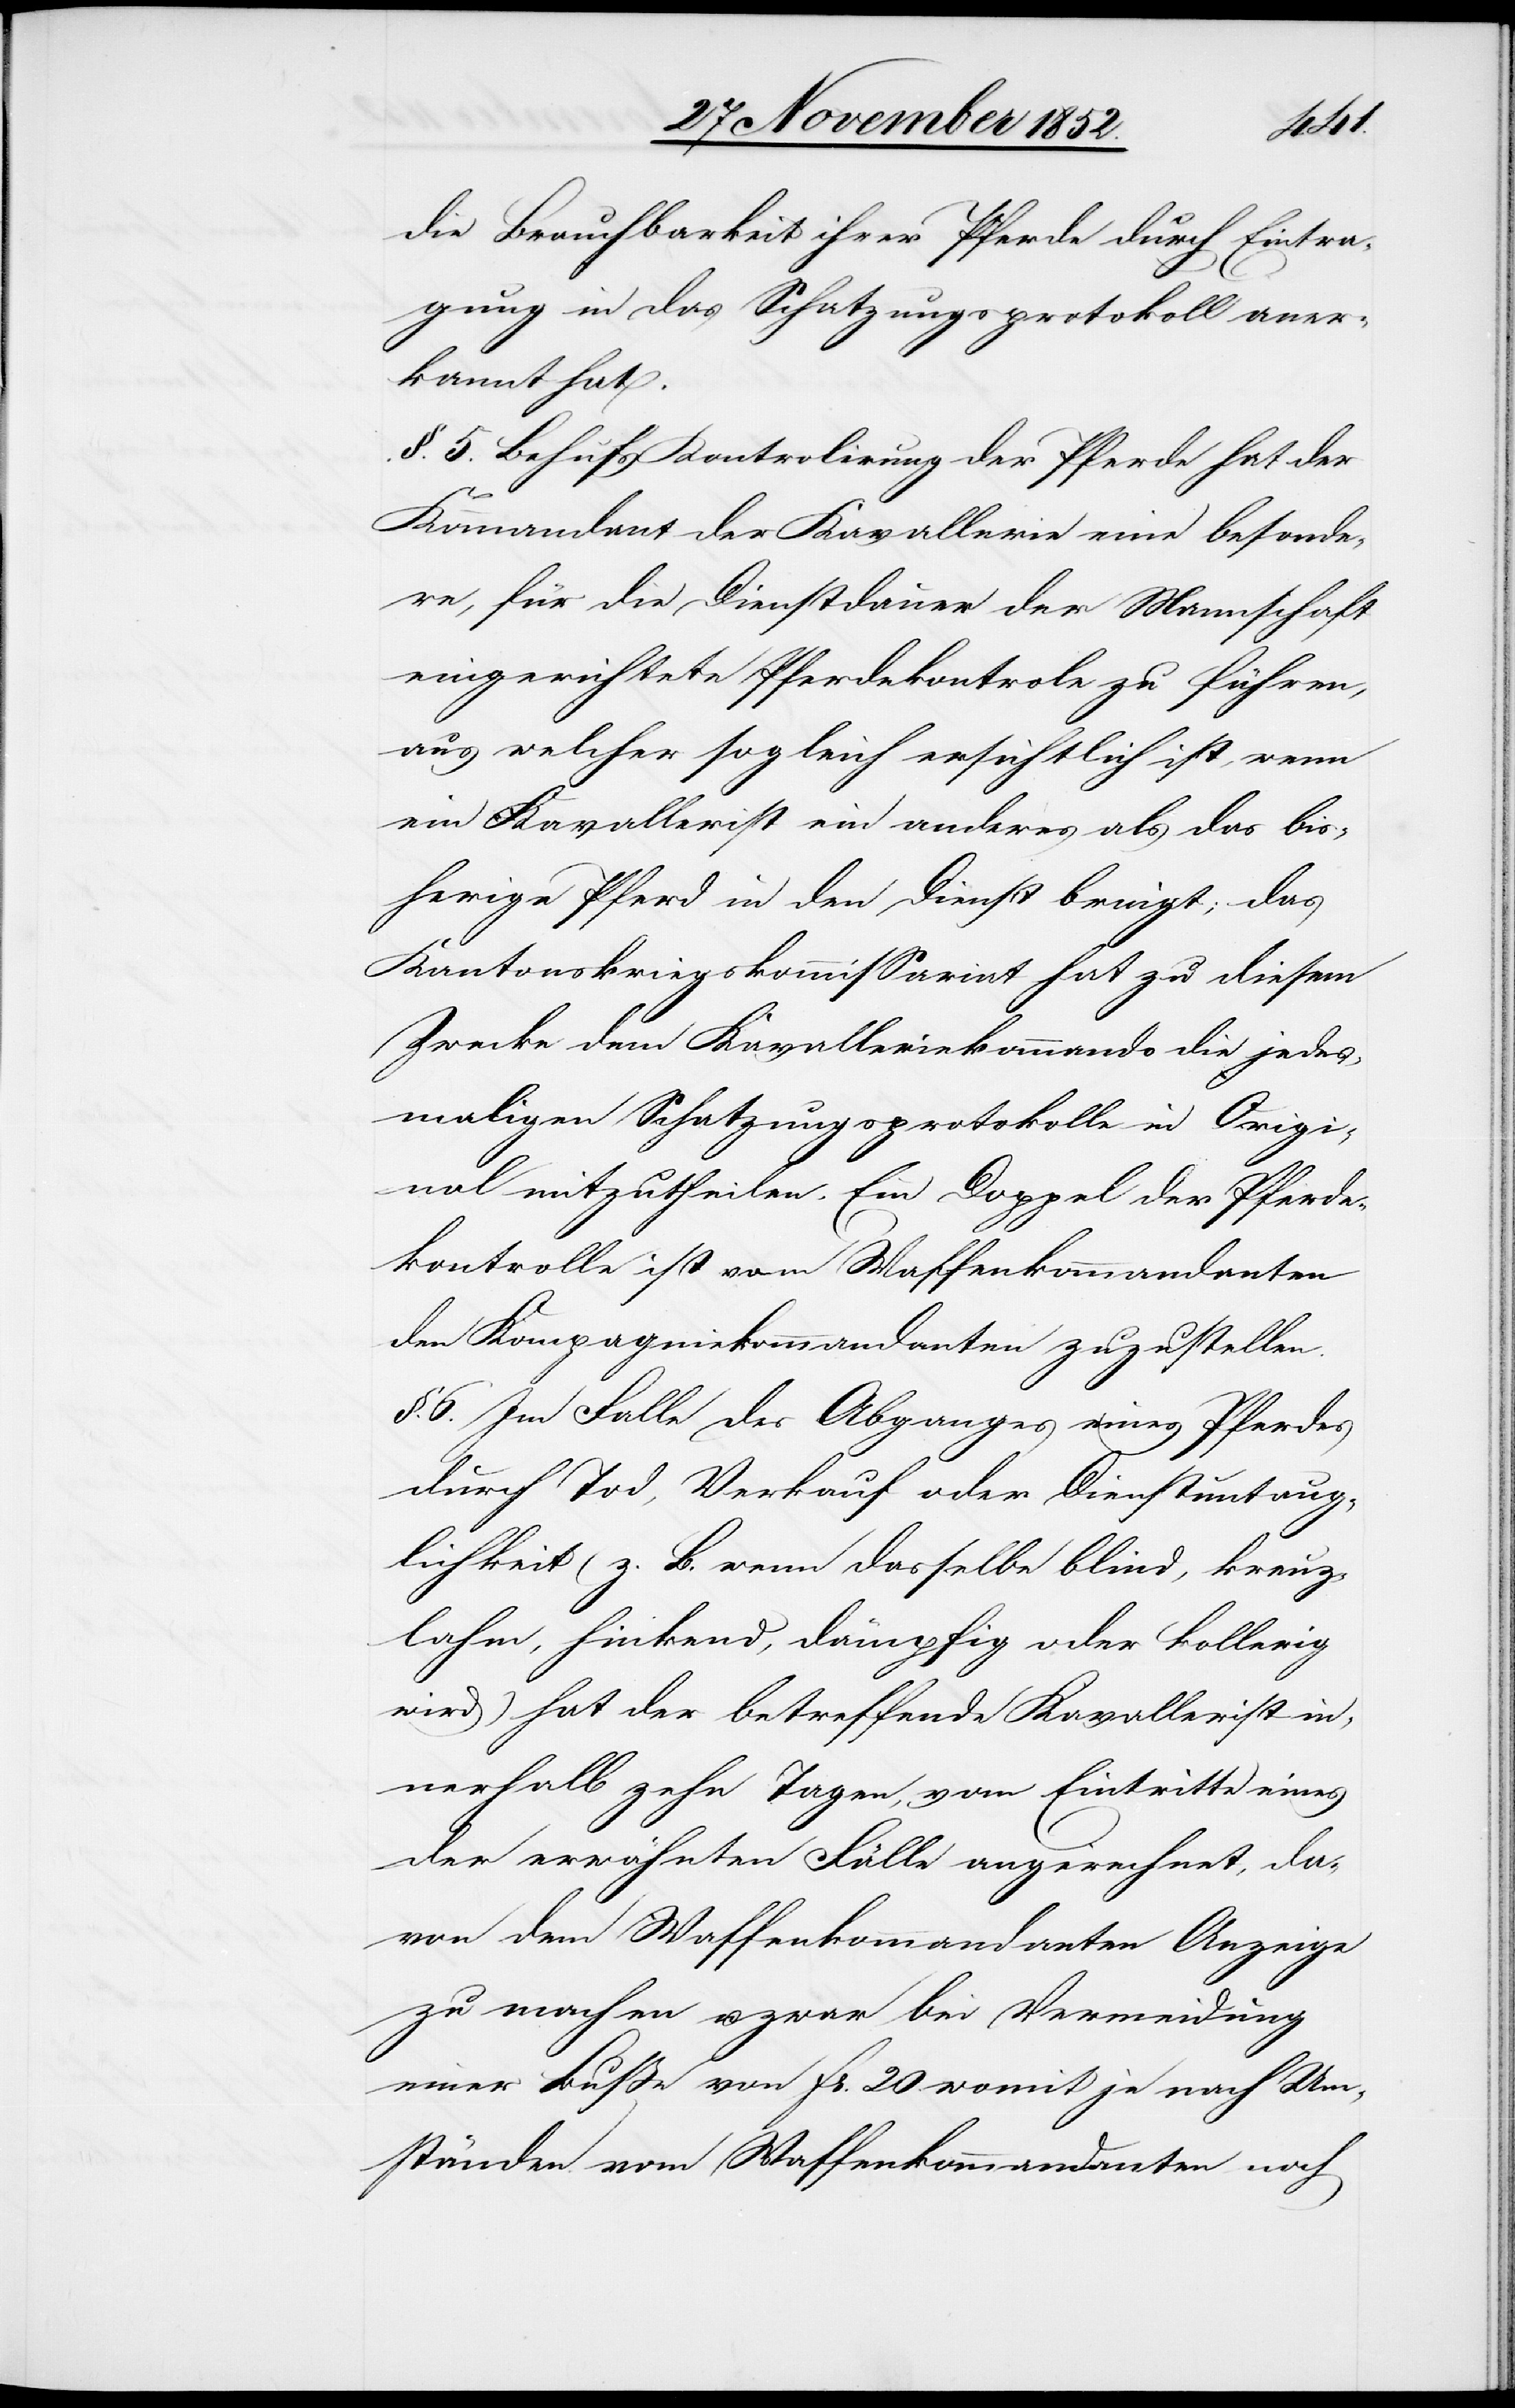
die Brauchbarkeit ihrer Pferde durch Eintra¬
gung in das Schatzungsprotokoll aner¬
kannt hat.
§. 5. Behufs Kontrolirung der Pferde hat der
Kommandant der Kavallerie eine besonde¬
re, für die Dienstdauer der Mannschaft
eingerichtete Pferdekontrole zu führen,
aus welcher sogleich ersichtlich ist, wenn
ein Kavallerist ein anderes als das bis¬
herige Pferd in den Dienst bringt; das
Kantonskriegskommissariat hat zu diesem
Zwecke dem Kavalleriekommando die jedes¬
maligen Schatzungsprotokolle in Origi¬
nal mitzutheilen. Ein Doppel der Pferde¬
kontrolle ist vom Waffenkommandanten
den Kompagniekommandanten zuzustellen.
§. 6. Im Falle des Abganges eines Pferdes
durch Tod, Verkauf oder Dienstuntaug¬
lichkeit (z. B. wenn dasselbe blind, kreuz¬
lahm, hinkend, dämpfig oder kollerig
wird) hat der betreffende Kavallerist in¬
nerhalb zehn Tagen, vom Eintritte eines
der erwähnten Fälle angerechnet, da¬
von dem Waffenkommandanten Anzeige
zu machen u. zwar bei Vermeidung
einer Buße von Fr. 20 womit je nach Um¬
ständen vom Waffenkommandanten noch